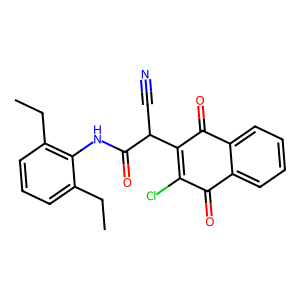
SMILES: CCc1cccc(CC)c1NC(=O)C(C#N)C1=C(Cl)C(=O)c2ccccc2C1=O
Inhibits HIV replication: No